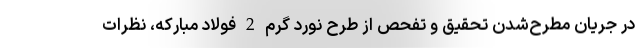
در جریان مطرح‌شدن تحقیق و تفحص از طرح نورد گرم 2 فولاد مبارکه، نظرات